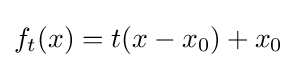
f_{t}(x)=t(x-x_{0})+x_{0}